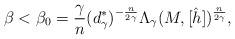
LaTeX: \begin{align*}\beta<\beta_0=\frac{\gamma}{n}(d^*_\gamma)^{-\frac{n}{2\gamma}}\Lambda_\gamma(M,[\hat{h}])^{\frac{n}{2\gamma}},\end{align*}